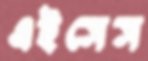
এইসেস